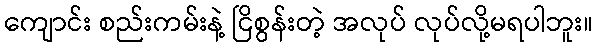
ကျောင်း စည်းကမ်းနဲ့ ငြိစွန်းတဲ့ အလုပ် လုပ်လို့မရပါဘူး။